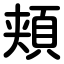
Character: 頬